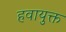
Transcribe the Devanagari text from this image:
हवायुक्त